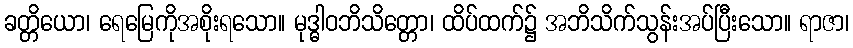
ခတ္တိယော၊ ရေမြေကိုအစိုးရသော။ မုဒ္ဓါဝဘိသိတ္တော၊ ထိပ်ထက်၌ အဘိသိက်သွန်းအပ်ပြီးသော။ ရာဇာ၊